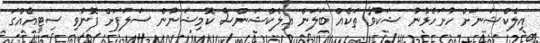
އިލެކްޝަނަށް ހުށަހެޅުނު ޝަކުވާ ތަކެއް ބަލަން އިލެކްޝަންސް ކޮމިޝަނުން ސަލަފަށް ފޮނުވި ސިޓީއެއްގަ